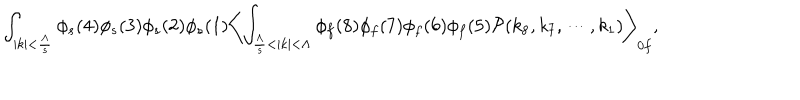
\int _ { | k | < \frac { \Lambda } { s } } \phi _ { s } ( 4 ) \phi _ { s } ( 3 ) \phi _ { s } ( 2 ) \phi _ { s } ( 1 ) \biggl < \int _ { \frac { \Lambda } { s } < | k | < \Lambda } \phi _ { f } ( 8 ) \phi _ { f } ( 7 ) \phi _ { f } ( 6 ) \phi _ { f } ( 5 ) { \cal P } ( k _ { 8 } , k _ { 7 } , \cdots , k _ { 1 } ) \biggr > _ { 0 f } ,